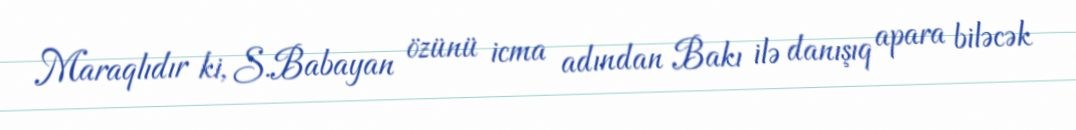
Maraqlıdır ki, S.Babayan özünü icma adından Bakı ilə danışıq apara biləcək